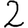
Digit: 2